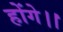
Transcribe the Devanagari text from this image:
होंगे।।